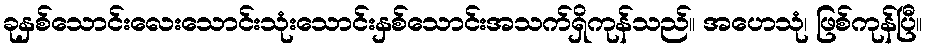
ခုနှစ်သောင်းလေးသောင်းသုံးသောင်းနှစ်သောင်းအသက်ရှိကုန်သည်။ အဟေသုံ၊ ဖြစ်ကုန်ပြီ။